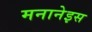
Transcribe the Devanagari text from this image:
मनानेइस